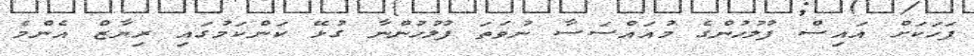
ފަހަކަށް އައިސް ފުލުހުންގެ މުއައްސަސާ ނުވަތަ ފުލުހުންނާ ގުޅޭ ކަންކަމުގައި ރިޔާޒް އެންމެ